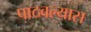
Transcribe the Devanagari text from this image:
पाठवल्‍यास